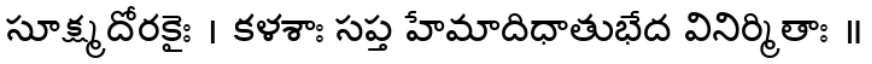
సూక్ష్మదోరకైః । కళశాః సప్త హేమాదిధాతుభేద వినిర్మితాః ॥